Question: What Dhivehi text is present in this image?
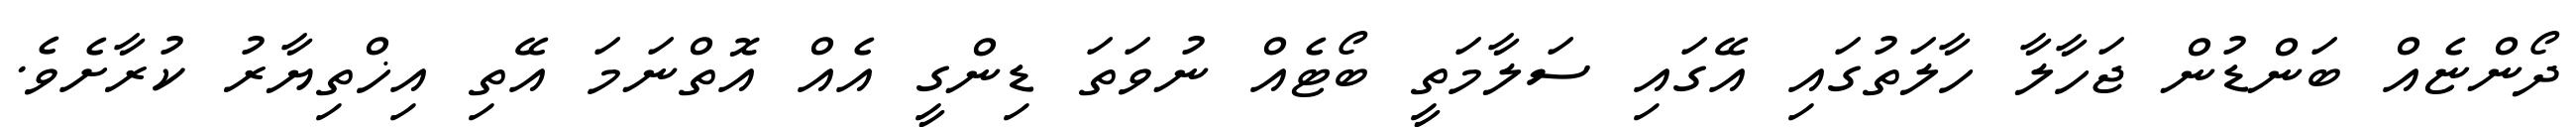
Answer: ދޯންޏެއް ބަންޑުން ޖަހާލާ ހާލަތުގައި އޭގައި ސަލާމަތީ ބޯޓެއް ނުވަތަ ޑިންގީ އެއް އޮތްނަމަ އޭތި އިޚްތިޔާރު ކުރާށެވެ.